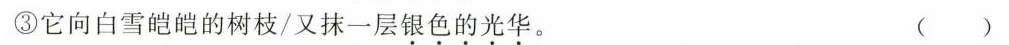
③它向白雪皑皑的树枝/又抹一层银色的光华。 ()